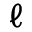
\ell